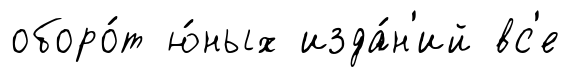
оборо́т ю́ных изда́н'ий вс'е